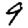
Digit: 9